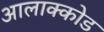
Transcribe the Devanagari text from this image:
आलाक्कोड